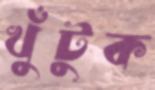
খুঁটুক